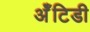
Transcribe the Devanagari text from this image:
अँेटिडी